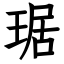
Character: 琚